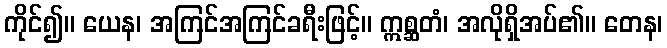
ကိုင်၍။ ယေန၊ အကြင်အကြင်ခရီးဖြင့်။ ဣစ္ဆတံ၊ အလိုရှိအပ်၏။ တေန၊